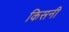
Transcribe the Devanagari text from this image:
किसनी